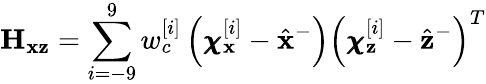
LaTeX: \mathbf{H}_{\mathbf{x}\mathbf{z}}=\sum_{i=-9}^{9}w_{c}^{[i]}\left(\pmb{\chi}_{\mathbf{x}}^{[i]}-\hat{\mathbf{x}}^{-}\right)\left(\pmb{\chi}_{\mathbf{z}}^{[i]}-\hat{\mathbf{z}}^{-}\right)^{T}